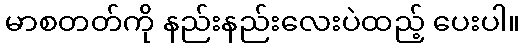
မာစတတ်ကို နည်းနည်းလေးပဲထည့် ပေးပါ။